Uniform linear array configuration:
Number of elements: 48
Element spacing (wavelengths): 1
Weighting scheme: hann
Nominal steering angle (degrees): -30
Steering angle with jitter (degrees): -28.051
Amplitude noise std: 0.05
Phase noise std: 0.05

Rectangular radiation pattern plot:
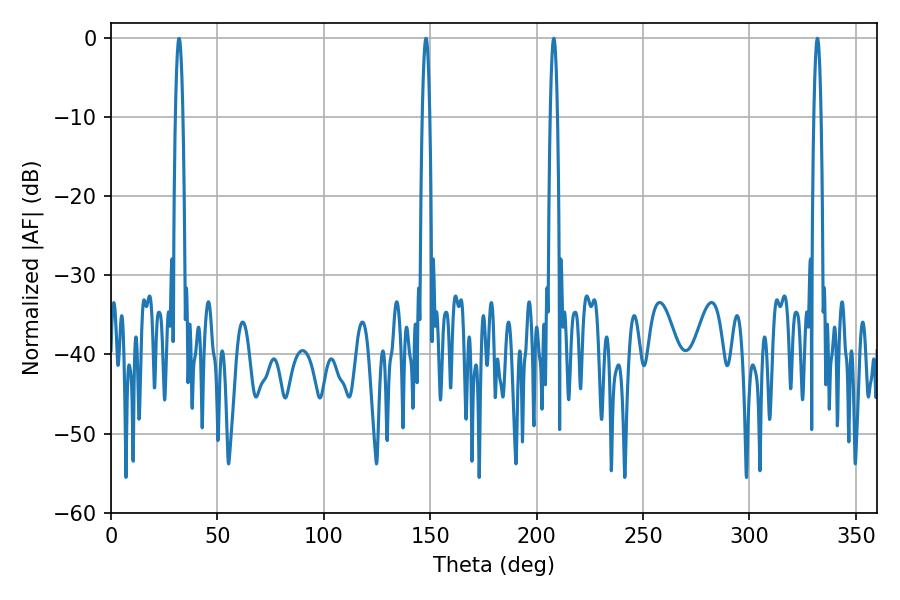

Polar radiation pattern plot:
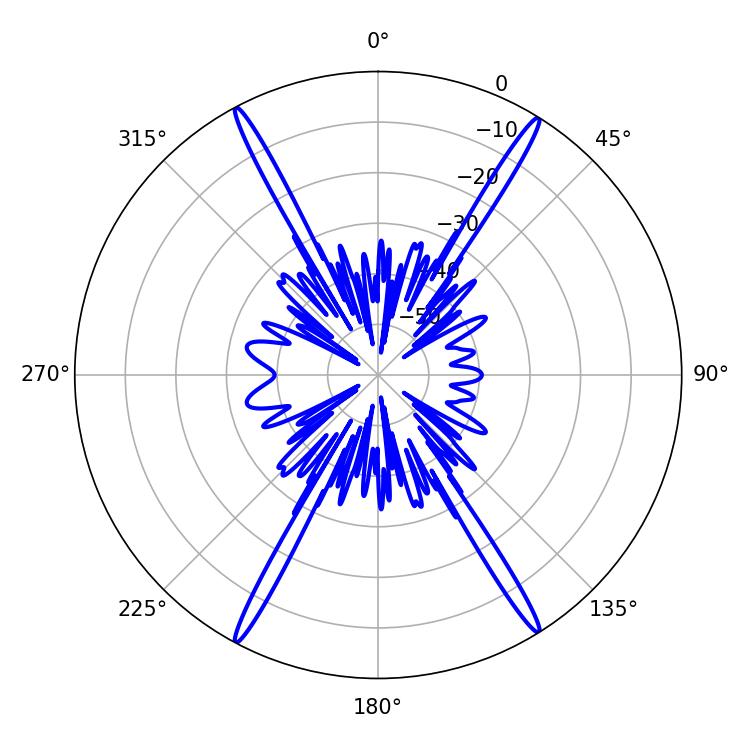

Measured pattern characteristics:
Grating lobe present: TRUE
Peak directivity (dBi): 25.49
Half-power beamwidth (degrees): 1.8
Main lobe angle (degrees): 331.92